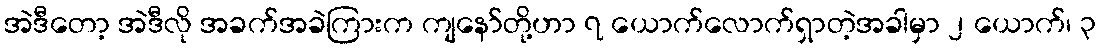
အဲဒီတော့ အဲဒီလို အခက်အခဲကြားက ကျနော်တို့ဟာ ၇ ယောက်လောက်ရှာတဲ့အခါမှာ ၂ ယောက်၊ ၃